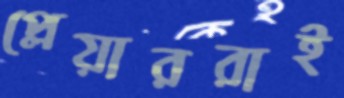
প্লেয়াররাই